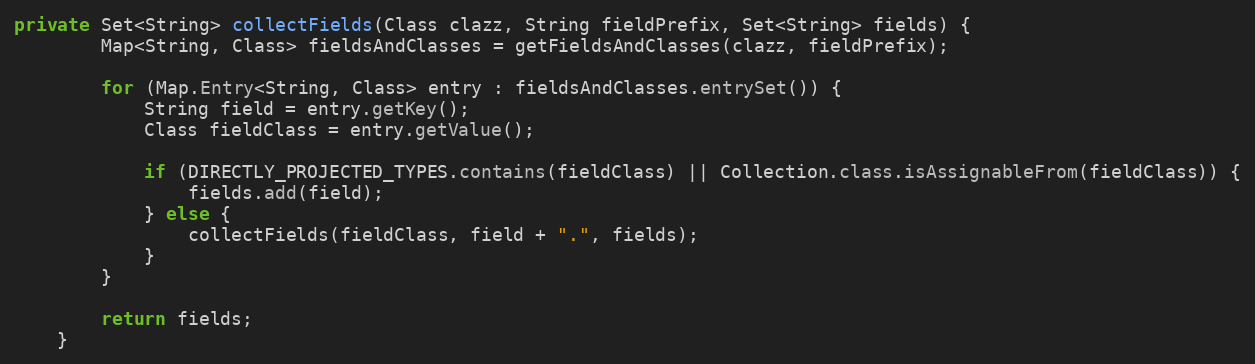
Language: Java
private Set<String> collectFields(Class clazz, String fieldPrefix, Set<String> fields) {
        Map<String, Class> fieldsAndClasses = getFieldsAndClasses(clazz, fieldPrefix);

        for (Map.Entry<String, Class> entry : fieldsAndClasses.entrySet()) {
            String field = entry.getKey();
            Class fieldClass = entry.getValue();

            if (DIRECTLY_PROJECTED_TYPES.contains(fieldClass) || Collection.class.isAssignableFrom(fieldClass)) {
                fields.add(field);
            } else {
                collectFields(fieldClass, field + ".", fields);
            }
        }

        return fields;
    }